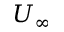
U _ { \infty }